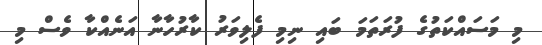
މި މަސައްކަތުގެ ފުރަތަމަ ބައި ނިމި ފެލިވަރު ކާރުހާނާ އަނެއްކާ ވެސް މި